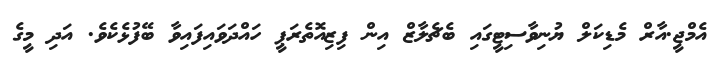
އެމްޖީ.އާރް މެޑިކަލް ޔުނިވާސިޓީގައި ބެޗެލާޒް އިން ފިޒިއޮތެރަޕީ ހައްދަވައިފައިވާ ބޭފުޅެކެވެ. އަދި މީގެ